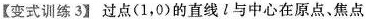
变式训练3】过点(1，0)的直线l与中心在原点、焦点